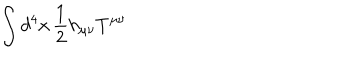
\int d ^ { 4 } x \, { \frac { 1 } { 2 } } h _ { \mu \nu } T ^ { \mu \nu }